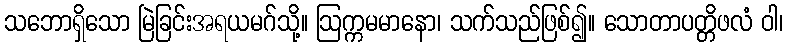
သဘောရှိသော မြဲခြင်းအရယမဂ်သို့။ ဩက္ကမမာနော၊ သက်သည်ဖြစ်၍။ သောတာပတ္တိဖလံ ဝါ၊